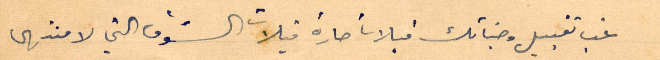
نحب تقبيل وجناتك قبلات حارة قبلات الشوق التي لا منتهى